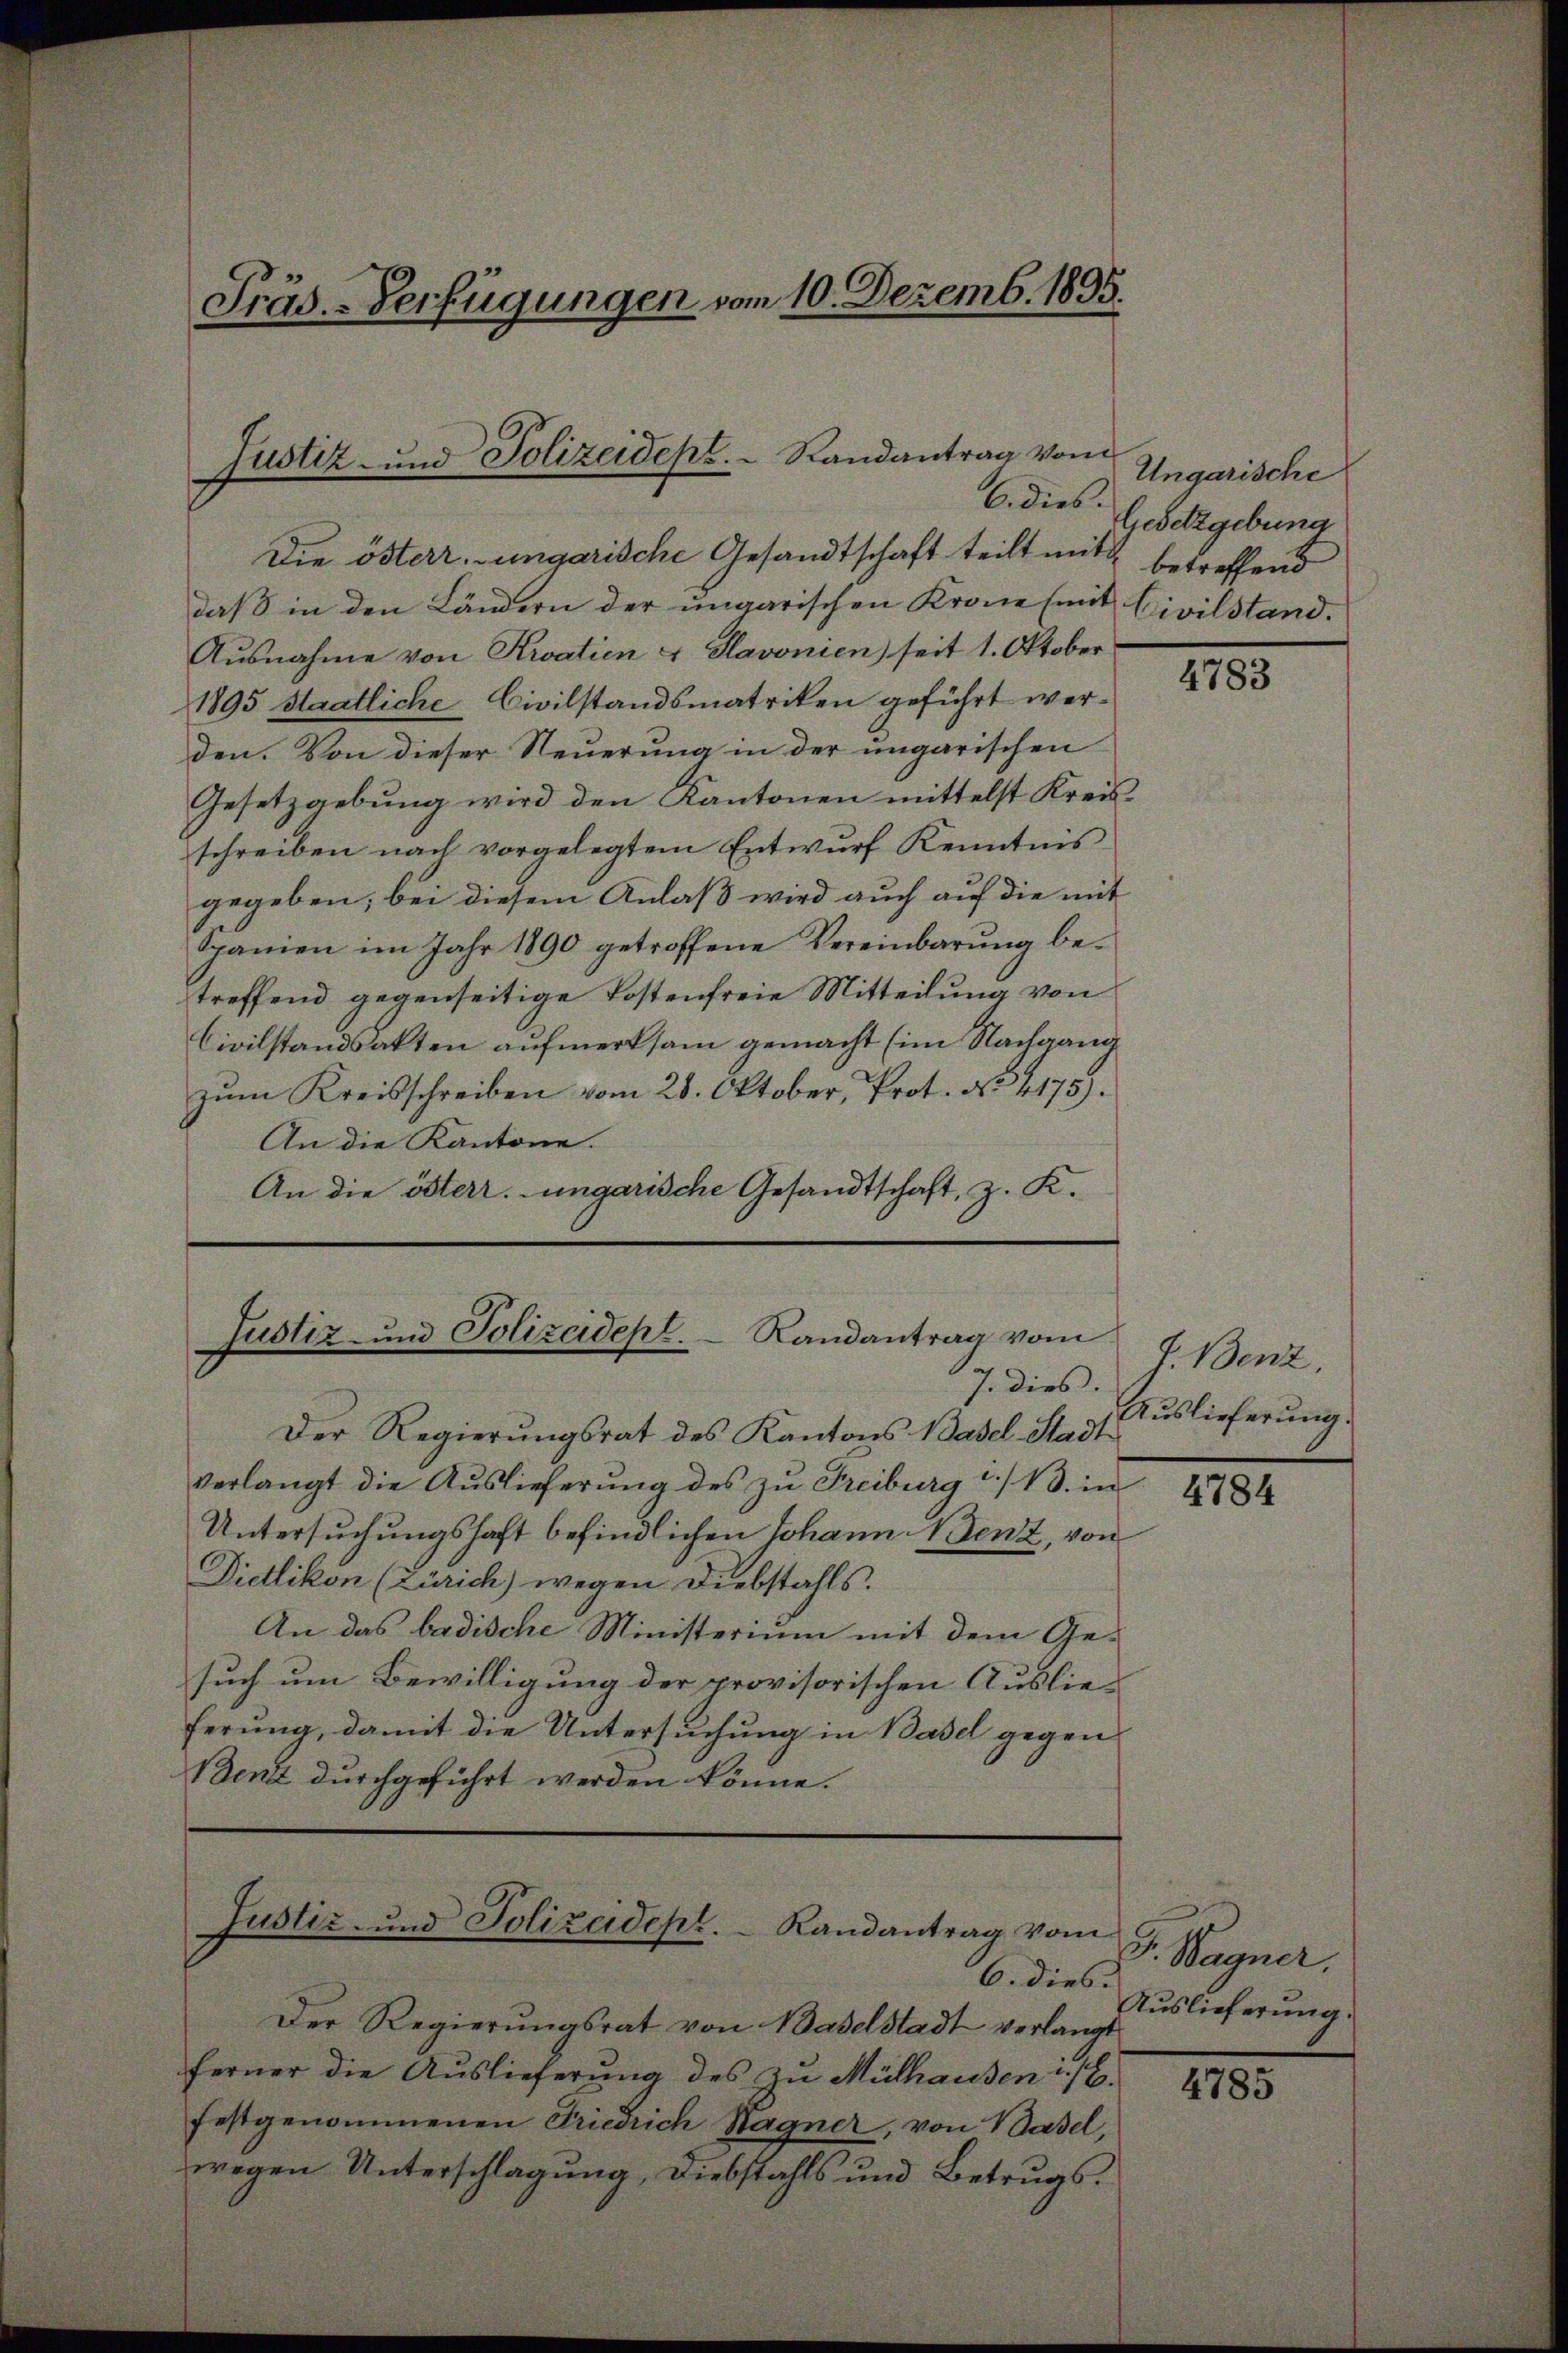
Präs.-Verfügungen vom 10. Dezemb. 1895.

Justiz- und Polizeidept. Randantrag vom
6. dies.

Die österr.-ungarische Gesandtschaft teilt mit
daß in den Ländern der ungarischen Krone (mit Civilstand.
Ausnahme von Kratien & Havonien) seit 1. Oktober
1895 staatliche Civilstandsmatriken geführt werden. Von dieser Steuerung in der ungarischen
Gesetzgebung wird den Kantonen mittelst Kreisschreiben nach vorgelegtem Entwurf Kenntnis
gegeben; bei diesem Anlaß wird auch auf die mit
Spanien im Jahr 1890 getroffene Vereinbarung betreffend gegenseitige Postenfreie Mitteilung von
Civilstandsakten aufmerksam gemacht (im Nachgang
zŭm Kreisschreiben vom 28. Oktober, Prot. No. 4175).
An die Kantone.
An die österr. ungarische Gesandtschaft, z. K.

Justiz- und Polizeidept. Randantrag vom
7. dies.

Der Regierungsrat des Kantons Basel-Stadt
verlangt die Auslieferung des zu Freiburg i./ B. in
Untersuchungshaft befindlichen Johann Menz, von
Didlikon (Zürich) wegen Diebstahls.
An das badische Ministerium mit dem Gesuch um Bewilligung der provisorischen Auslie-
ferung, damit die Untersuchung in Basel gegen
Benz durchgeführt werden könne.

6. dies
Der Regierŭngsrat von Baselstadt verlangt
ferner die Auslieferung des zu Mülhausen E.
festgenommenen Friedrich Hagner, von Basel,
wegen Unterschlagung, Diebstahls und Betrugs¬

Justiz- und Polizeidept. Randantrag vom

Ungarische
Gesetzgebung
betreffend

4783

J. Benz,
Auslieferung.

4784

F. Wagner.
Auslieferung.

4785